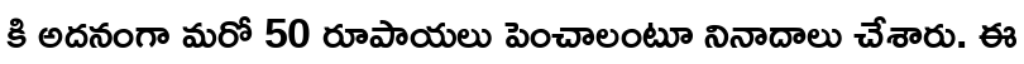
కి అదనంగా మరో 50 రూపాయలు పెంచాలంటూ నినాదాలు చేశారు. ఈ